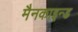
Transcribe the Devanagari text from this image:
मैनकाइन्ड